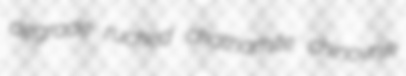
degrade ruched chathamite chinovnik